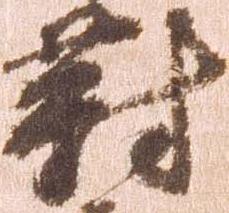
対